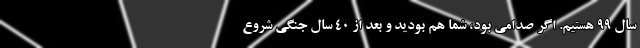
سال 99 هستیم. اگر صدامی بود، شما هم بودید و بعد از 40 سال جنگی شروع